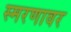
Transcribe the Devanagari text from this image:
स्मरणावर